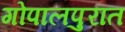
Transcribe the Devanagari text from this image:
गोपालपुरात